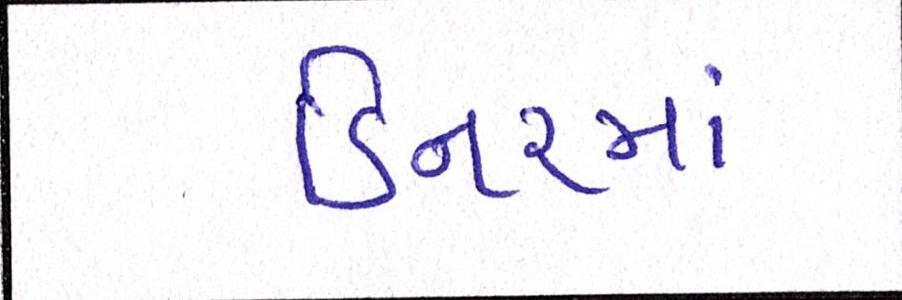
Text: ડિનરમાં